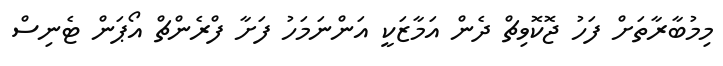
މިމުބާރާތަށް ފަހު ޖޮކޮވިޗް ދެން އަމާޒަކީ އަންނަމަހު ފަށާ ފްރެންޗް އޯޕަން ޓެނިސް